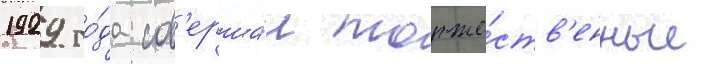
1929 го́да сов'ерша́л торже́ств'енные